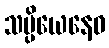
သမ္ပိယေနေဝ